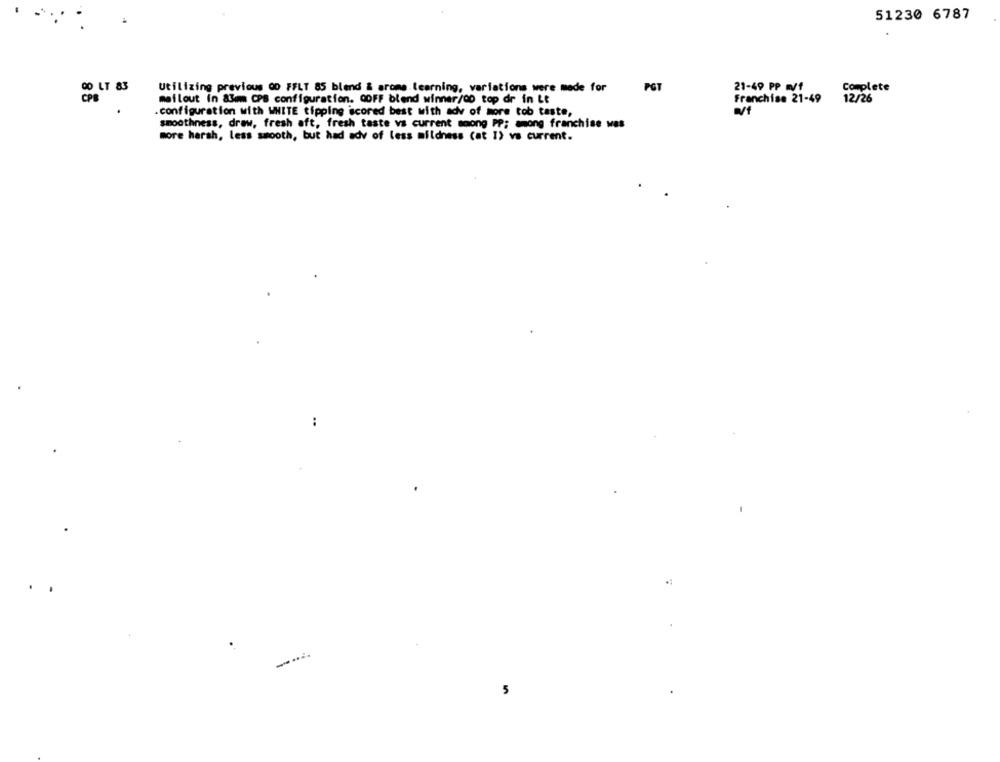
51230 6787
DO LT 83
Utilizing previous 00 FFLT 85 blend & arome.learning, variations were made for
PGT
21-49 PP m1
Complete
CPE
mailout in &3mm CPS configuration. QOFF blend winner/00 top dr in Lt
Franchise 21-49
12/26
.configuration with WHITE tipping scored best with ady of more tob taste,
smoothness, draw, fresh aft, fresh taste vs current moong PP; among franchise was
more harsh, less smooth, but had adv of less mildness (at I) vs current.
..
.
----
5